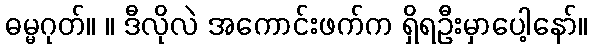
ဓမ္မဂုတ်။ ။ ဒီလိုလဲ အကောင်းဖက်က ရှိရဦးမှာပေါ့နော်။